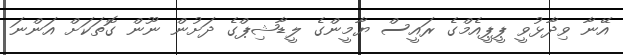
އޭނާ ވިދާޅުވީ ޕީޕީއެމްގެ ރައީސް ޔާމީންގެ ލީޑާޝިޕްގެ ދަށުން ނޫން ގޮތަކަށް އަންނަ